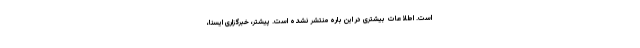
است. اطلاعات بیشتری در این باره منتشر نشده است. پیشتر، خبرگزاری ایسنا،